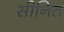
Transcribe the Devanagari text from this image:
सीनित